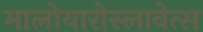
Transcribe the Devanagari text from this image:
मालोयारोस्लावेत्स